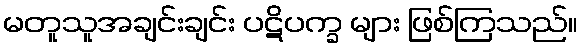
မတူသူအချင်းချင်း ပဋိပက္ခ များ ဖြစ်ကြသည်။